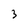
Character: 3